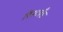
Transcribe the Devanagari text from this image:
रिस्टबँड